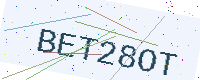
Text: BET28OT